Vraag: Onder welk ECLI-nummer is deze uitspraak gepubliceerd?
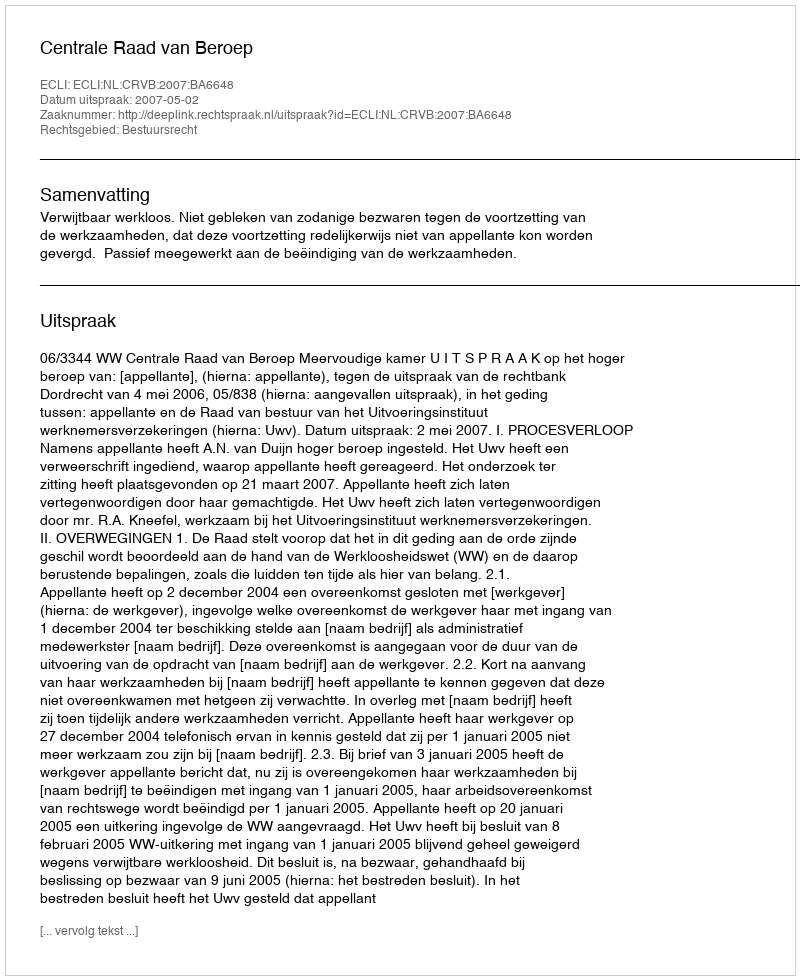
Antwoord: ECLI:NL:CRVB:2007:BA6648